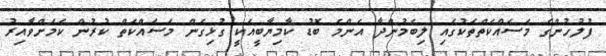
ފުލުހުންގެ މަަސައްކަތްތަކުގައި ލިބެމުންދާ އެންމެ ބޮޑު ކާމިޔާބީއަކީ ގުޅިގެން މަސައްކަތް ކުރުން ކަމަށްވާއިރު